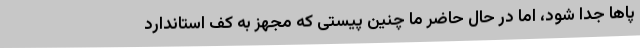
پاها جدا شود، اما در حال حاضر ما چنین پیستی که مجهز به کف استاندارد